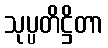
သုပ္ပတိဋ္ဌိတာ